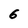
Character: 6